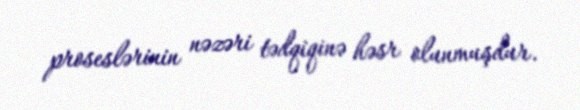
proseslərinin nəzəri tədqiqinə həsr olunmuşdur.